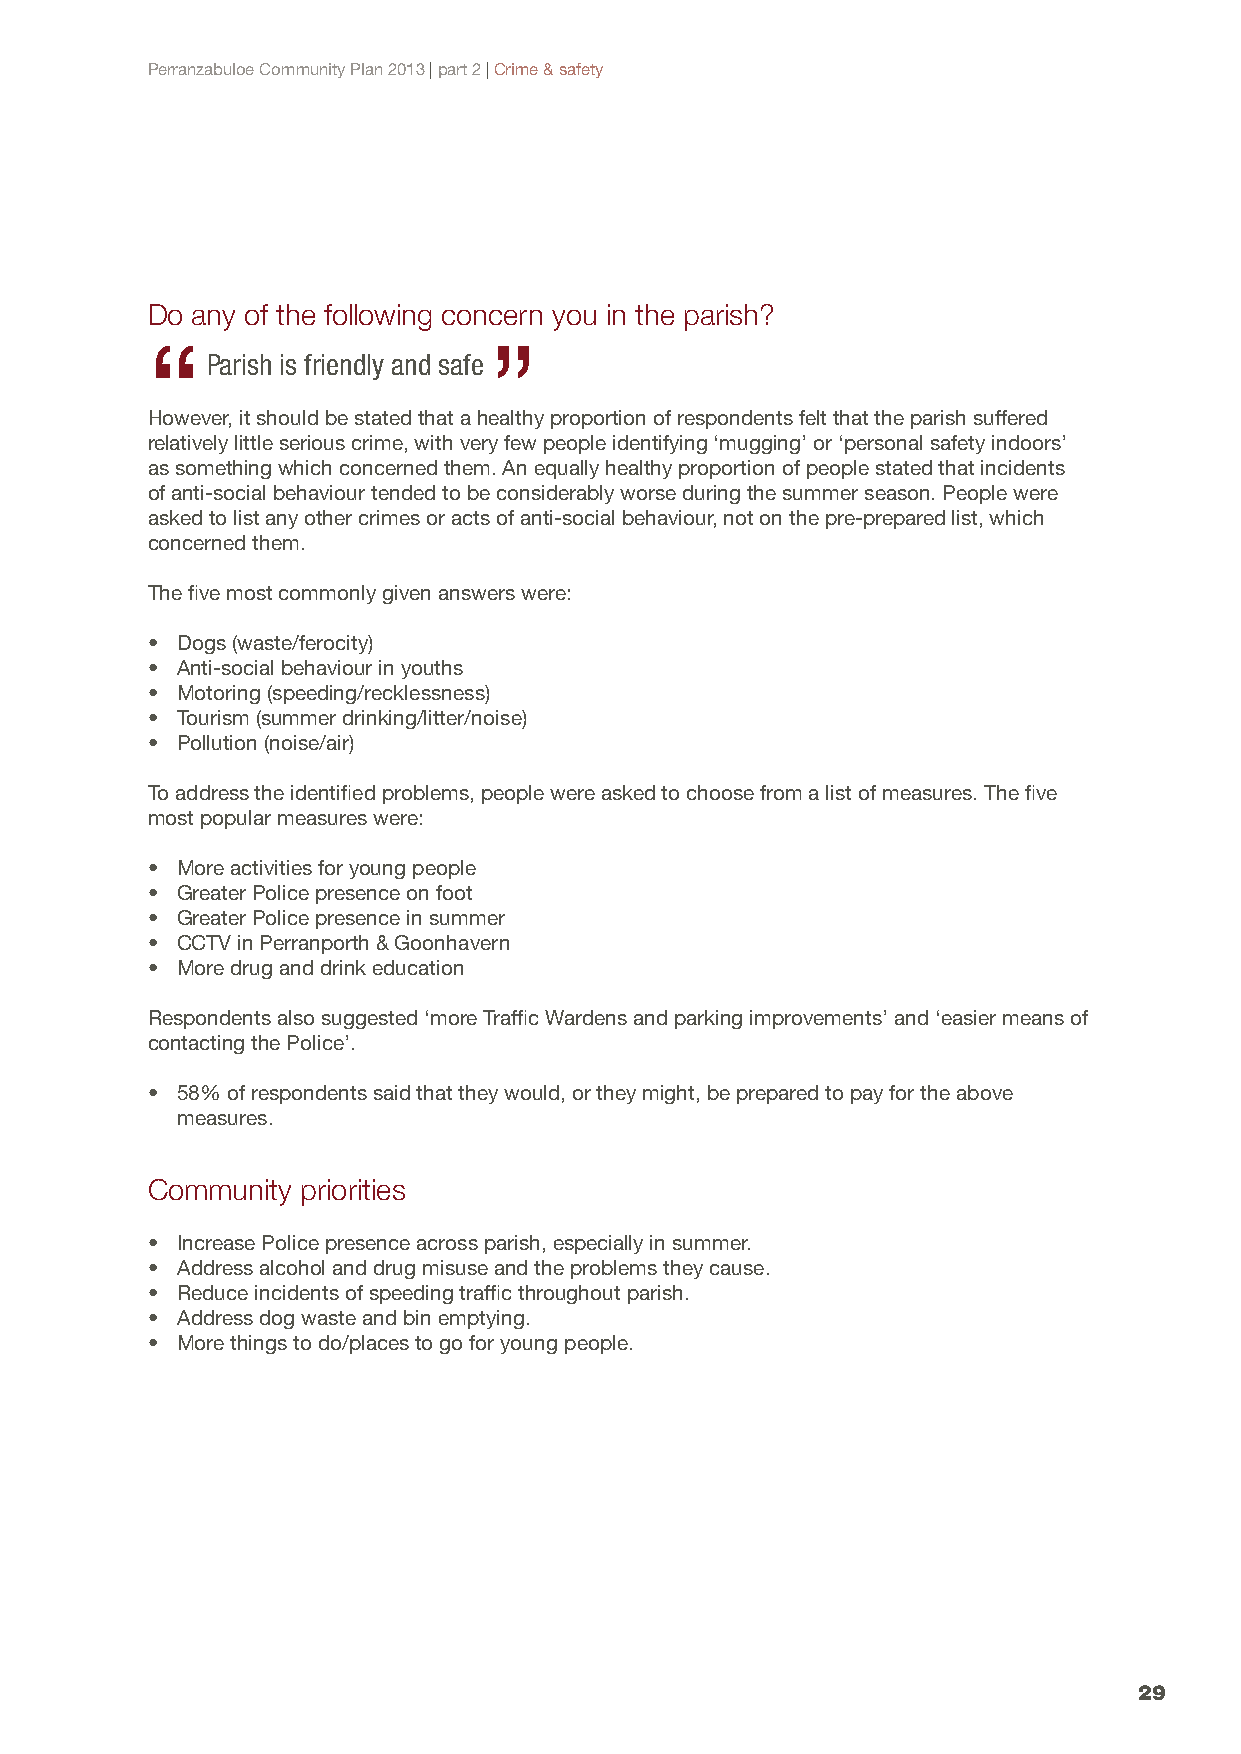
Perranzabuloe Community Plan 2013 | part 2 | Crime & safety
 Do any of the following concern you in the parish?
 “                     ”
 Parish is friendly and safe
 However, it should be stated that a healthy proportion of respondents felt that the parish suffered
 relatively little serious crime, with very few people identifying ‘mugging’ or ‘personal safety indoors’
 as something which concerned them. An equally healthy proportion of people stated that incidents
 of anti-social behaviour tended to be considerably worse during the summer season. People were
 asked to list any other crimes or acts of anti-social behaviour, not on the pre-prepared list, which
 concerned them.
 The five most commonly given answers were:
 • Dogs (waste/ferocity)
 • Anti-social behaviour in youths
 • Motoring (speeding/recklessness)
 • Tourism (summer drinking/litter/noise)
 • Pollution (noise/air)
 To address the identified problems, people were asked to choose from a list of measures. The five
 most popular measures were:
 • More activities for young people
 • Greater Police presence on foot
 • Greater Police presence in summer
 • CCTV in Perranporth & Goonhavern
 • More drug and drink education
 Respondents also suggested ‘more Traffic Wardens and parking improvements’ and ‘easier means of
 contacting the Police’.
 • 58% of respondents said that they would, or they might, be prepared to pay for the above
 measures.
 Community priorities
 • Increase Police presence across parish, especially in summer.
 • Address alcohol and drug misuse and the problems they cause.
 • Reduce incidents of speeding traffic throughout parish.
 • Address dog waste and bin emptying.
 • More things to do/places to go for young people.
 29